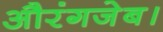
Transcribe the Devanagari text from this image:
औरंगजेब।